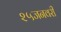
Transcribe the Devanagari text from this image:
२५जनवरी